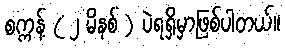
စက္ကန့် ( ၂ မိနစ် ) ပဲရရှိမှာဖြစ်ပါတယ်။